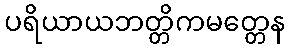
ပရိယာယဘတ္တိကမတ္တေန